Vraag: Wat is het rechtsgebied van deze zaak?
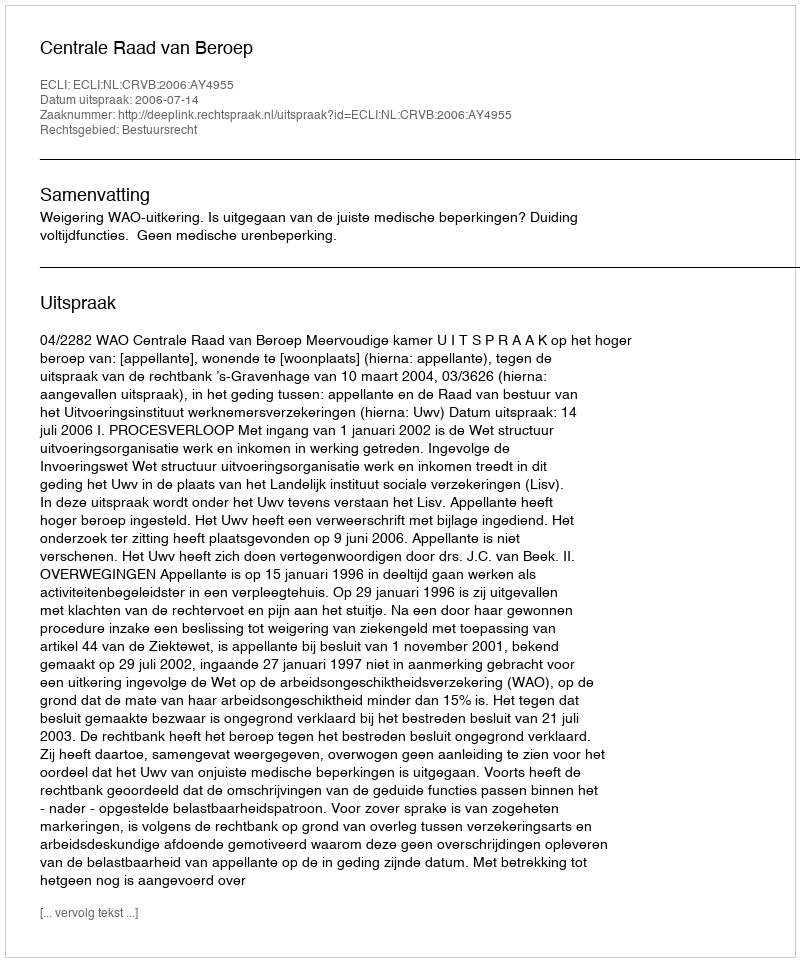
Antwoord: Bestuursrecht